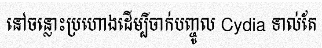
នៅចន្លោះប្រហោងដើម្បីចាក់បញ្ចូល Cydia ទាល់តែ